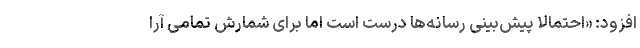
افزود: «احتمالاً پیش‌بینی رسانه‌ها درست است اما برای شمارش تمامی آرا